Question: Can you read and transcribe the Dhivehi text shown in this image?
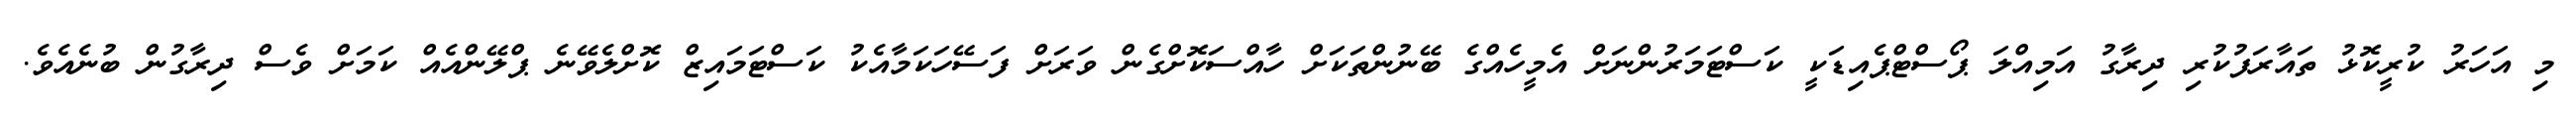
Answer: މި އަހަރު ކުރީކޮޅު ތައާރަފުކުރި ދިރާގު އަމިއްލަ ޕޯސްޓްޕެއިޑަކީ ކަސްޓަމަރުންނަށް އެމީހެއްގެ ބޭނުންތަކަށް ހާއްސަކޮށްގެން ވަރަށް ފަސޭހަކަމާއެކު ކަސްޓަމައިޒް ކޮށްލެވޭނެ ޕްލޭންއެއް ކަމަށް ވެސް ދިރާގުން ބުނެއެވެ.